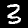
Label: 3